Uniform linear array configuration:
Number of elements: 24
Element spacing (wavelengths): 0.5
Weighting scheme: binomial
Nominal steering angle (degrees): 45
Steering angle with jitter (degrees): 46.214
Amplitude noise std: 0.05
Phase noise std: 0.05

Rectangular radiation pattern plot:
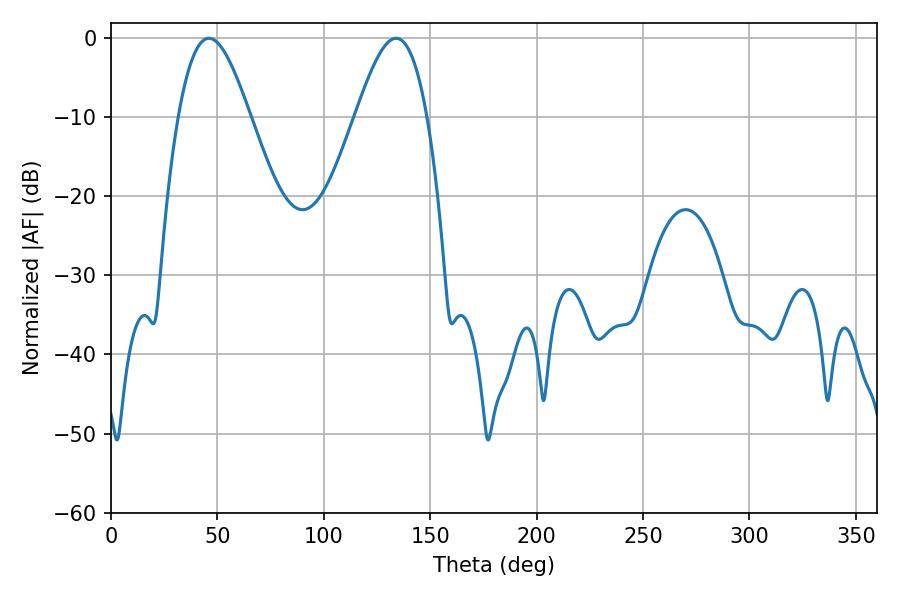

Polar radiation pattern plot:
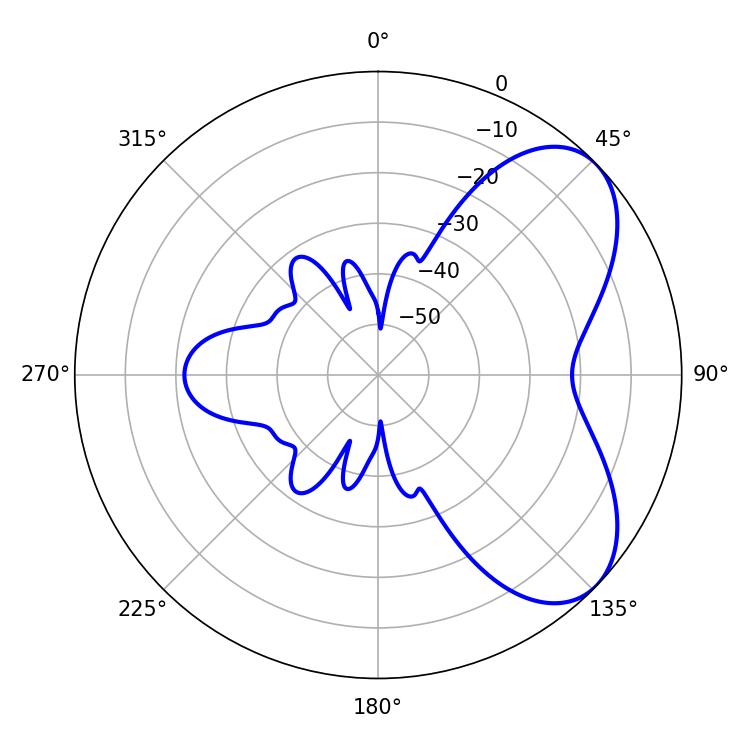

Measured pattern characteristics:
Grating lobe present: FALSE
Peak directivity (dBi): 5.959
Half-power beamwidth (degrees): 18
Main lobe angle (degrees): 46.08